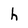
Character: h